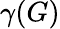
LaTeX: \gamma(G)